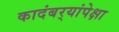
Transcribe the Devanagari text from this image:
कादंबर्‍यांपेक्षा